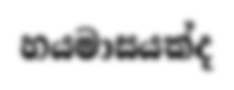
හයමාසයක්ද